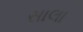
સાલા